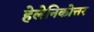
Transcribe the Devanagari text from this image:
हेलेनिकोत्तर